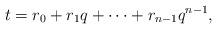
LaTeX: \begin{align*}t=r_0+r_1q+\cdots +r_{n-1}q^{n-1},\end{align*}